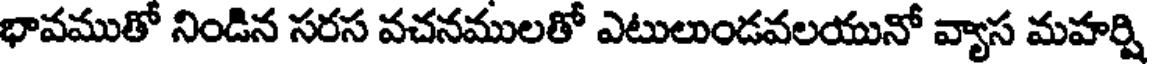
భావముతో నిండిన సరస వచనములతో ఎటులుండవలయునో వ్యాస మహర్షి